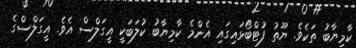
ކާމިޔާބު ތަކެވެ. ޔޫތު ފުޓްބޯޅައިގައި އެންމެ ކާމިޔާބު ކުލަބަކީ އީގަލްސް އެވެ. އީގަލްސްގެ